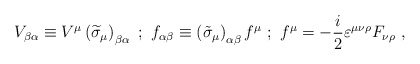
\begin{align*}V_{\beta \alpha }\equiv V^\mu \left( \widetilde{\sigma }_\mu \right) _{\beta\alpha }\mbox{ };\mbox{ }f_{\alpha \beta }\equiv \left( \tilde{\sigma}_\mu\right) _{\alpha \beta }f^\mu \mbox{ };\mbox{ }f^\mu =-\frac i2\varepsilon^{\mu \nu \rho }F_{\nu \rho }\mbox{ }, \end{align*}